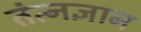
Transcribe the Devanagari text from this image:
तंत्नज्ञान